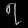
Digit: ၇